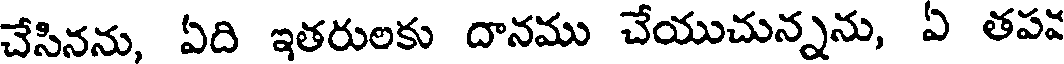
చేసినను, ఏది ఇతరులకు దానము చేయుచున్నను, ఏ తపవ